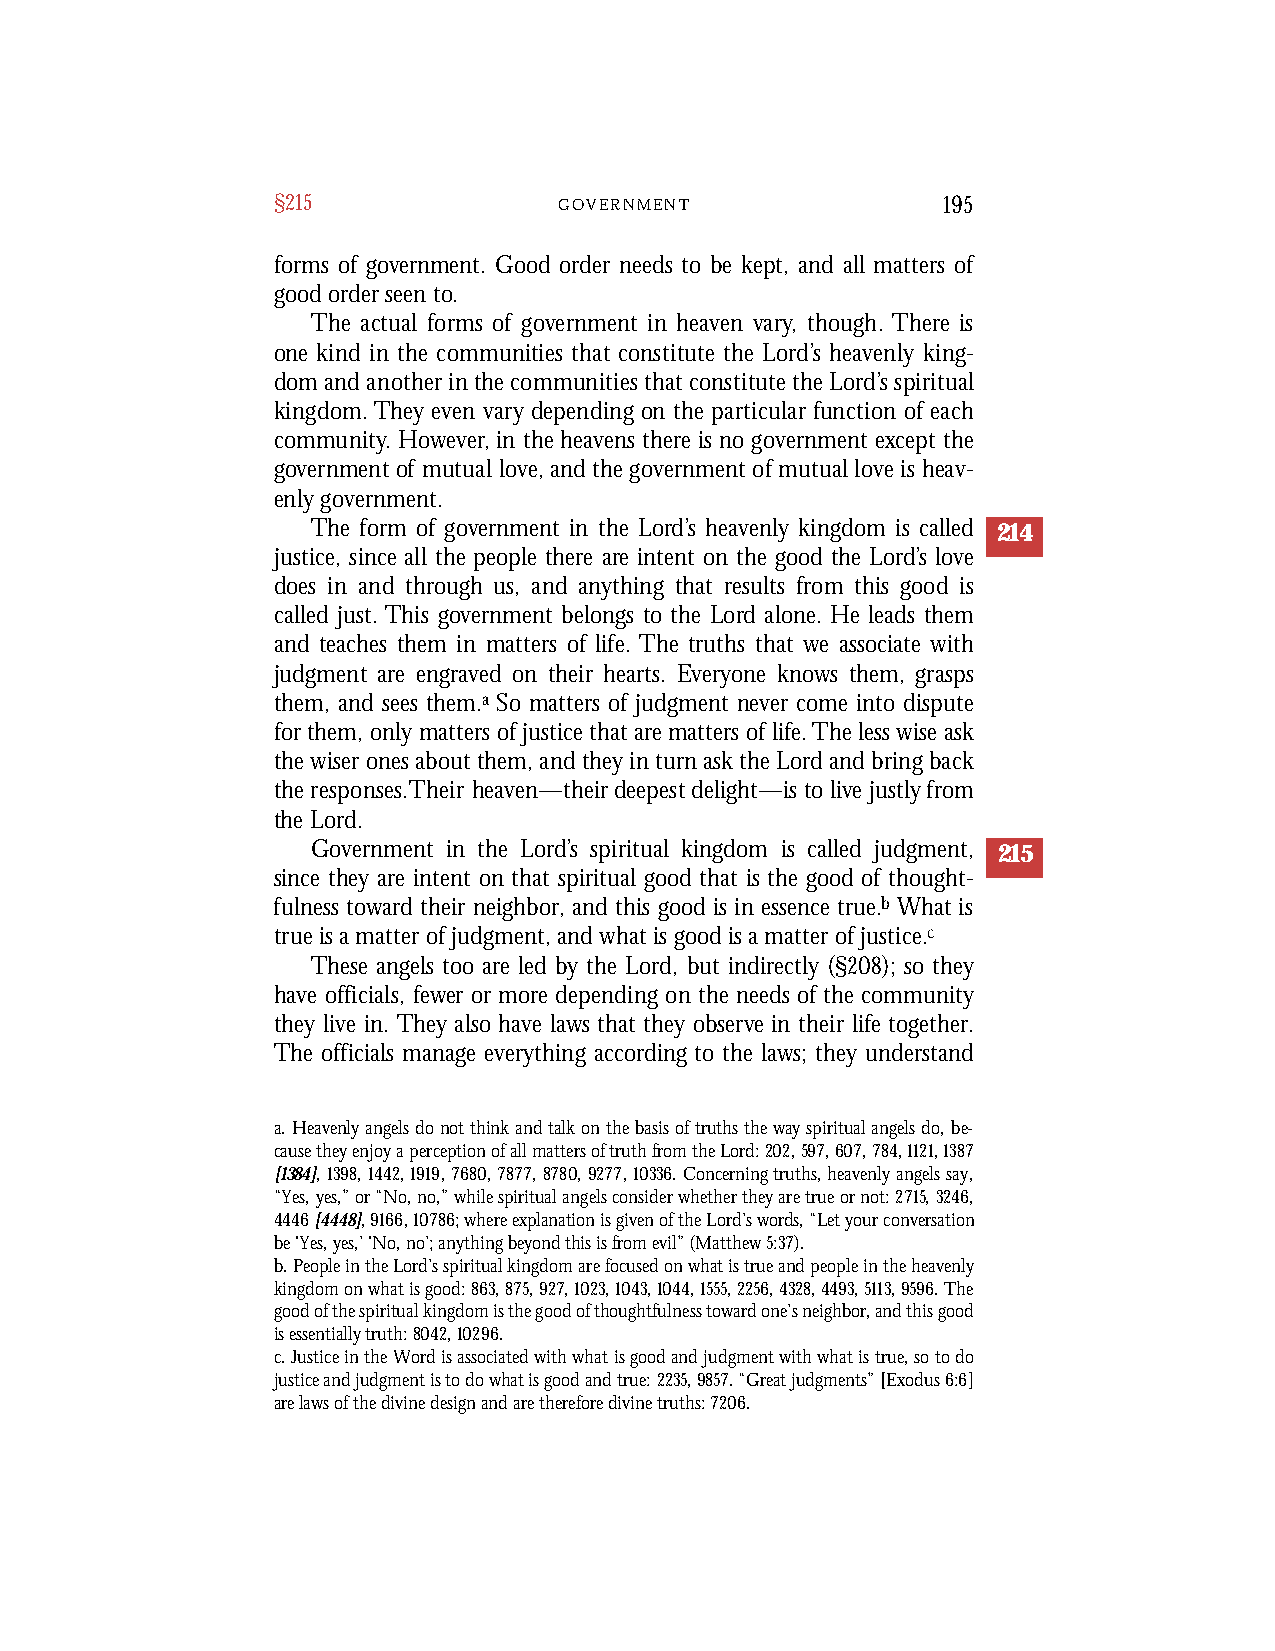
§215               G O V E R N M E N T      195
 forms of government. Good order needs to be kept, and all matters of
 good order seen to.
 The actual forms of government in heaven va ry, though. T h e re is
 one kind in the communities that constitute the Lord’s heavenly king-
 dom and another in the communities that constitute the Lord’s spiritual
 kingdom. They even va ry depending on the particular function of each
 c o m m u n i t y. Howev er , in the heavens there is no government except the
 g overnment of mutual love, and the government of mutual love is heav-
 enly gove r n m e n t .
 The form of government in the Lord’s heavenly kingdom is called 214
 justice, since all the people there are intent on the good the Lord’s love
 does in and through us, and anything that results from this good is
 called just. This government belongs to the Lord alone. He leads them
 and teaches them in matters of life. The truths that we associate with
 judgment are engraved on their hearts. Everyone knows them, grasps
 them, and sees them.a So matters of judgment never come into dispute
 forthem,only mattersofjusticethataremattersof life.Thelesswiseask
 thewiseronesaboutthem,andtheyinturnaskthe Lordandbringback
 theresponses.Their heaven—theirdeepestdelight—istolivejustlyfrom
 the Lord.
 Government in the Lord’s spiritual kingdom is called judgment, 215
 since they are intent on that spiritual good that is the good of thought-
 fulness toward their neighbor, and this good is in essence true.b What is
 true is a matter of judgment, and what is good is a matter of justice.c
 These angels too are led by the Lord, but indirectly (§208); so they
 have officials, fewer or more depending on the needs of the community
 they live in. They also have laws that they observe in their life together.
 The officials manage everything according to the laws; they understand
 a. Heavenly angels do not think and talk on the basis of truths the way spiritual angels do, be-
 cause they enjoy a perception of all matters of truth from the Lord: 202,597,607,784,1121,1387
 [1384],1398,1442,1919,7680,7877,8780,9277,10336. Concerning truths, heavenly angels say,
 “Yes, yes,” or “No, no,” while spiritual angels consider whether they are true or not: 2715,3246,
 4446[4448],9166,10786; where explanation is given of the Lord’s words, “Let your conversation
 be ‘Yes, yes,’ ‘No, no’; anything beyond this is from evil” (Matthew 5:37).
 b. People in the Lord’s spiritual kingdom are focused on what is true and people in the heavenly
 kingdom on what is good: 863,875,927,1023,1043,1044,1555,2256,4328,4493,5113,9596. The
 good of the spiritual kingdom is the good of thoughtfulness toward one’s neighbor, and this good
 is essentially truth: 8042, 10296.
 c. Justice in the Word is associated with what is good and judgment with what is true, so to do
 justice and judgment is to do what is good and true: 2235,9857. “Great judgments” [Exodus 6:6]
 are laws of the divine design and are therefore divine truths: 7206.